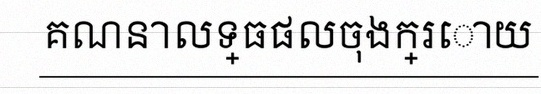
គណនាលទ្ធផលចុងក្រោយ